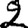
Digit: 2